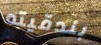
بندقيته